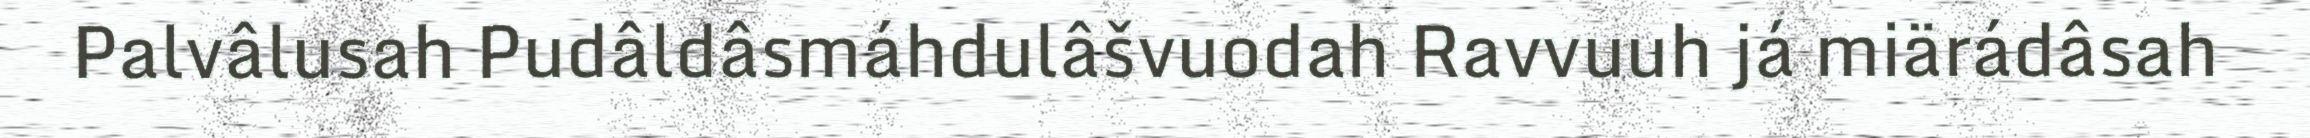
Palvâlusah Pudâldâsmáhdulâšvuodah Ravvuuh já miärádâsah